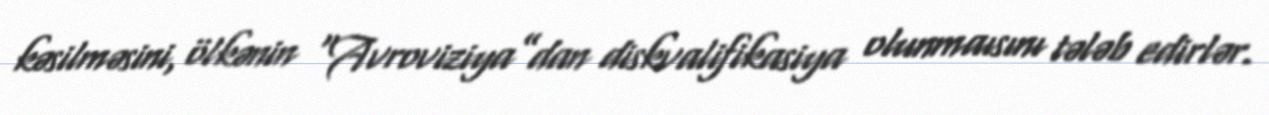
kəsilməsini, ölkənin “Avroviziya”dan diskvalifikasiya olunmaısını tələb edirlər.